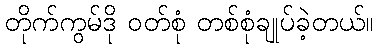
တိုက်ကွမ်ဒို ဝတ်စုံ တစ်စုံချုပ်ခဲ့တယ်။